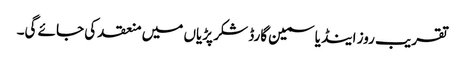
تقریب روز اینڈ یاسمین گارڈ شکر پڑیاں میں منعقد کی جائے گی۔